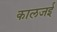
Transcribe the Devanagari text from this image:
कालजई